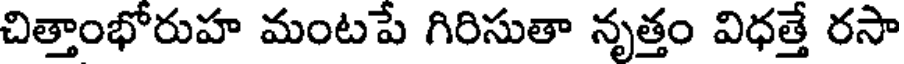
చిత్తాంభోరుహ మంటపే గిరిసుతా నృత్తం విధత్తే రసా